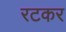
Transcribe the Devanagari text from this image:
रटकर